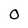
Character: 0